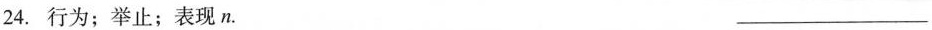
24.行为；举止；表现n. ___